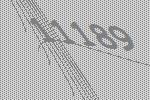
11189